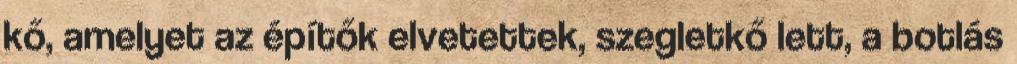
kő, amelyet az építők elvetettek, szegletkő lett, a botlás